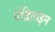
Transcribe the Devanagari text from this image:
पंडिताइन